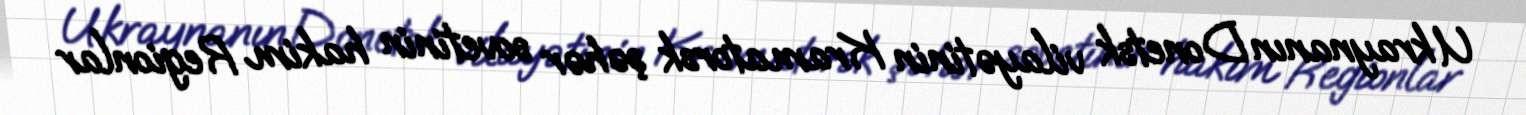
Ukraynanın Donetsk vilayətinin Kramatorsk şəhər sovetinin hakim Regionlar